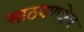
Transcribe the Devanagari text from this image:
साठवणक्षेत्र